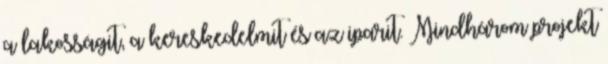
a lakosságit, a kereskedelmit és az iparit. Mindhárom projekt